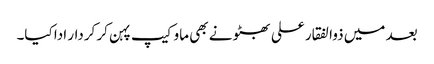
بعد میں ذوالفقار علی بھٹو نے بھی ماو کیپ پہن کر کردار ادا کیا۔